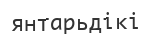
янтарьдікі